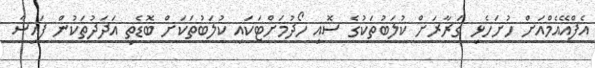
އެފްއޭއެމްއަށް ހުށަހެޅި ގަރާރަށް ކުލަބުތަކުގެ ސޮއި ހޯދުމަށްޓަކައި ކުލަބުތަކަށް ބޮޑެތި އަދަދުތަކުން ފައިސާ